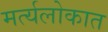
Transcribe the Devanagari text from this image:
मर्त्यलोकात